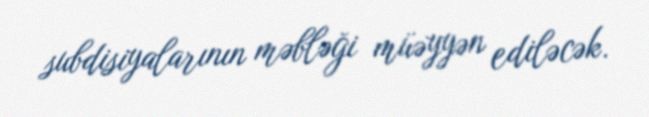
subdisiyalarının məbləği müəyyən ediləcək.